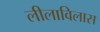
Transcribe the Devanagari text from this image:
लीलाविलास